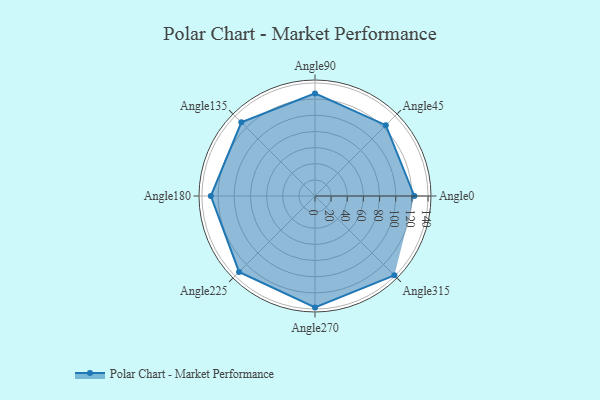
{"axis": {"x": "Angle", "y": "Radius"}, "legend": [""], "data": [{"x": "Angle0", "y": 123.0, "type": ""}, {"x": "Angle45", "y": 124.0, "type": ""}, {"x": "Angle90", "y": 127.0, "type": ""}, {"x": "Angle135", "y": 129.0, "type": ""}, {"x": "Angle180", "y": 129.0, "type": ""}, {"x": "Angle225", "y": 133.0, "type": ""}, {"x": "Angle270", "y": 138.0, "type": ""}, {"x": "Angle315", "y": 139.0, "type": ""}]}